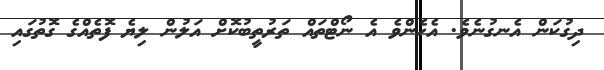
ދިގުކަން އެނގުނެވެ. އެހެންވެ އެ ނޯޓްތައް ތަރުތީބުކޮށް އަލުން ލިޔެ ފޮތެއްގެ ގޮތުގައި